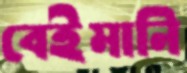
বেইমানি